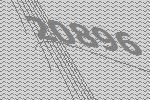
20896